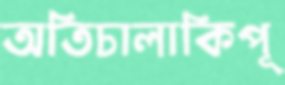
অতিচালাকিপূ